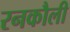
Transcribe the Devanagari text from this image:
रनकौली